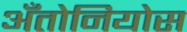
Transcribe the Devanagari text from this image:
अँतोनियोस